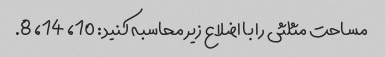
مساحت مثلثی را با اضلاع زیر محاسبه کنید: 10، 14، 8.